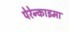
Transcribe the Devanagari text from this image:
पेरेन्काइमा